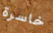
خاسرة